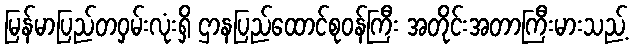
မြန်မာပြည်တဝှမ်းလုံးရှိ ဌာနပြည်ထောင်စုဝန်ကြီး အတိုင်းအတာကြီးမားသည့်